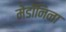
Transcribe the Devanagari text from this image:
मेडॉनिना